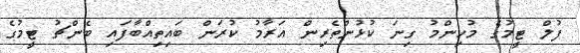
ފުލް ޓީމުގެ މުހިންމު ގިނަ ކުޅުންތެރިން އަރާމު ކުރަން ބައިތިއްބާފައި ބެންޗު ޓީމުގެ